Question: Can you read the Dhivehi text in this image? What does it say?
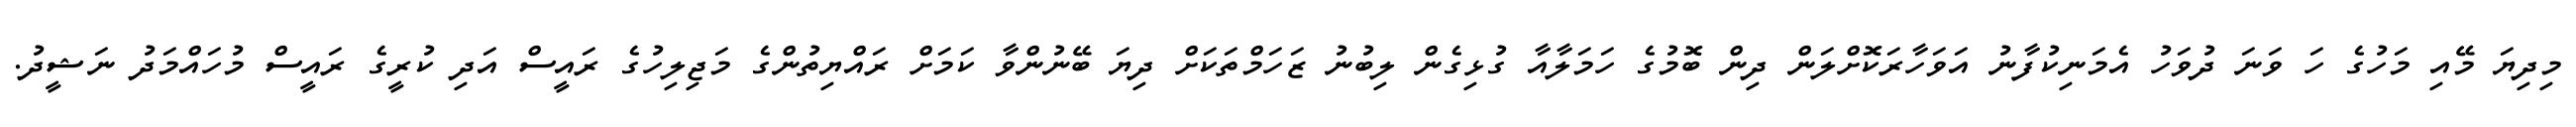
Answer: މިދިޔަ މޭއި މަހުގެ ހަ ވަނަ ދުވަހު އެމަނިކުފާނު އަވަހާރަކޮށްލަން ދިން ބޮމުގެ ހަމަލާއާ ގުޅިގެން ލިބުނު ޒަހަމްތަކަށް ދިޔަ ބޭނުންވާ ކަމަށް ރައްޔިތުންގެ މަޖިލިހުގެ ރައީސް އަދި ކުރީގެ ރައީސް މުހައްމަދު ނަޝީދު.